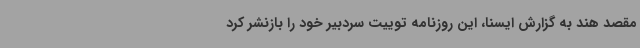
مقصد هند به گزارش ایسنا، این روزنامه توییت سردبیر خود را بازنشر کرد